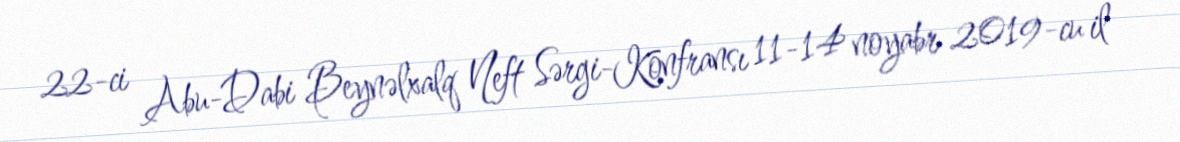
22-ci Abu-Dabi Beynəlxalq Neft Sərgi-Konfransı 11-14 noyabr 2019-cu il